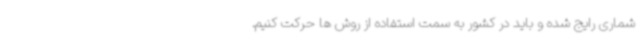
شماری رایج شده و باید در کشور به سمت استفاده از روش ها حرکت کنیم.